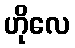
ဟိုလေ